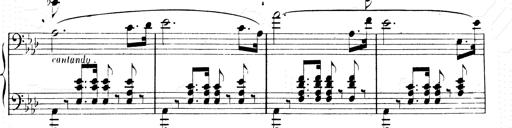
Title: 2 Transcriptions d'aprÃ¨s Rossini
Composer: Franz Liszt